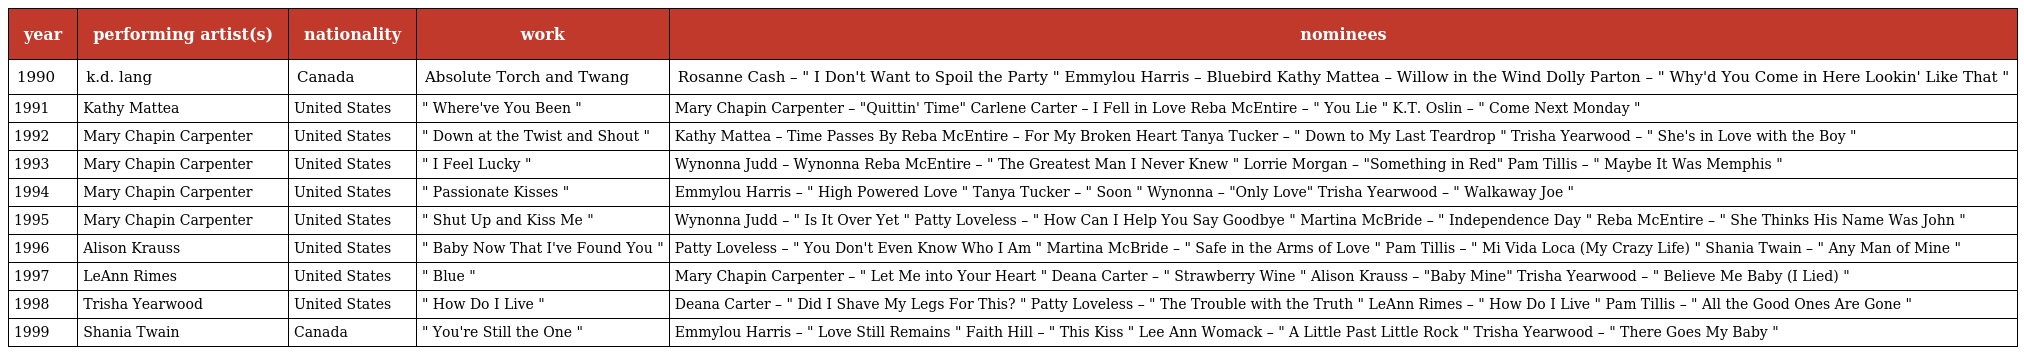
| year | performing artist(s) | nationality | work | nominees |
 | --- | --- | --- | --- | --- |
 | 1990 | k.d. lang | Canada | Absolute Torch and Twang | Rosanne Cash – " I Don't Want to Spoil the Party " Emmylou Harris – Bluebird Kathy Mattea – Willow in the Wind Dolly Parton – " Why'd You Come in Here Lookin' Like That " |
 | 1991 | Kathy Mattea | United States | " Where've You Been " | Mary Chapin Carpenter – "Quittin' Time" Carlene Carter – I Fell in Love Reba McEntire – " You Lie " K.T. Oslin – " Come Next Monday " |
 | 1992 | Mary Chapin Carpenter | United States | " Down at the Twist and Shout " | Kathy Mattea – Time Passes By Reba McEntire – For My Broken Heart Tanya Tucker – " Down to My Last Teardrop " Trisha Yearwood – " She's in Love with the Boy " |
 | 1993 | Mary Chapin Carpenter | United States | " I Feel Lucky " | Wynonna Judd – Wynonna Reba McEntire – " The Greatest Man I Never Knew " Lorrie Morgan – "Something in Red" Pam Tillis – " Maybe It Was Memphis " |
 | 1994 | Mary Chapin Carpenter | United States | " Passionate Kisses " | Emmylou Harris – " High Powered Love " Tanya Tucker – " Soon " Wynonna – "Only Love" Trisha Yearwood – " Walkaway Joe " |
 | 1995 | Mary Chapin Carpenter | United States | " Shut Up and Kiss Me " | Wynonna Judd – " Is It Over Yet " Patty Loveless – " How Can I Help You Say Goodbye " Martina McBride – " Independence Day " Reba McEntire – " She Thinks His Name Was John " |
 | 1996 | Alison Krauss | United States | " Baby Now That I've Found You " | Patty Loveless – " You Don't Even Know Who I Am " Martina McBride – " Safe in the Arms of Love " Pam Tillis – " Mi Vida Loca (My Crazy Life) " Shania Twain – " Any Man of Mine " |
 | 1997 | LeAnn Rimes | United States | " Blue " | Mary Chapin Carpenter – " Let Me into Your Heart " Deana Carter – " Strawberry Wine " Alison Krauss – "Baby Mine" Trisha Yearwood – " Believe Me Baby (I Lied) " |
 | 1998 | Trisha Yearwood | United States | " How Do I Live " | Deana Carter – " Did I Shave My Legs For This? " Patty Loveless – " The Trouble with the Truth " LeAnn Rimes – " How Do I Live " Pam Tillis – " All the Good Ones Are Gone " |
 | 1999 | Shania Twain | Canada | " You're Still the One " | Emmylou Harris – " Love Still Remains " Faith Hill – " This Kiss " Lee Ann Womack – " A Little Past Little Rock " Trisha Yearwood – " There Goes My Baby " |